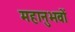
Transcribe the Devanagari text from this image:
महानुभवों